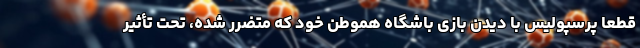
قطعاً پرسپولیس با دیدن بازی باشگاه هموطن خود که متضرر شده، تحت تأثیر